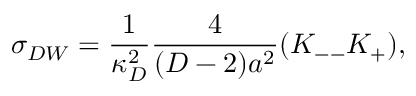
\sigma _ { D W } = { \frac { 1 } { \kappa _ { D } ^ { 2 } } } { \frac { 4 } { ( D - 2 ) a ^ { 2 } } } ( K _ { -- } K _ { + } ) ,